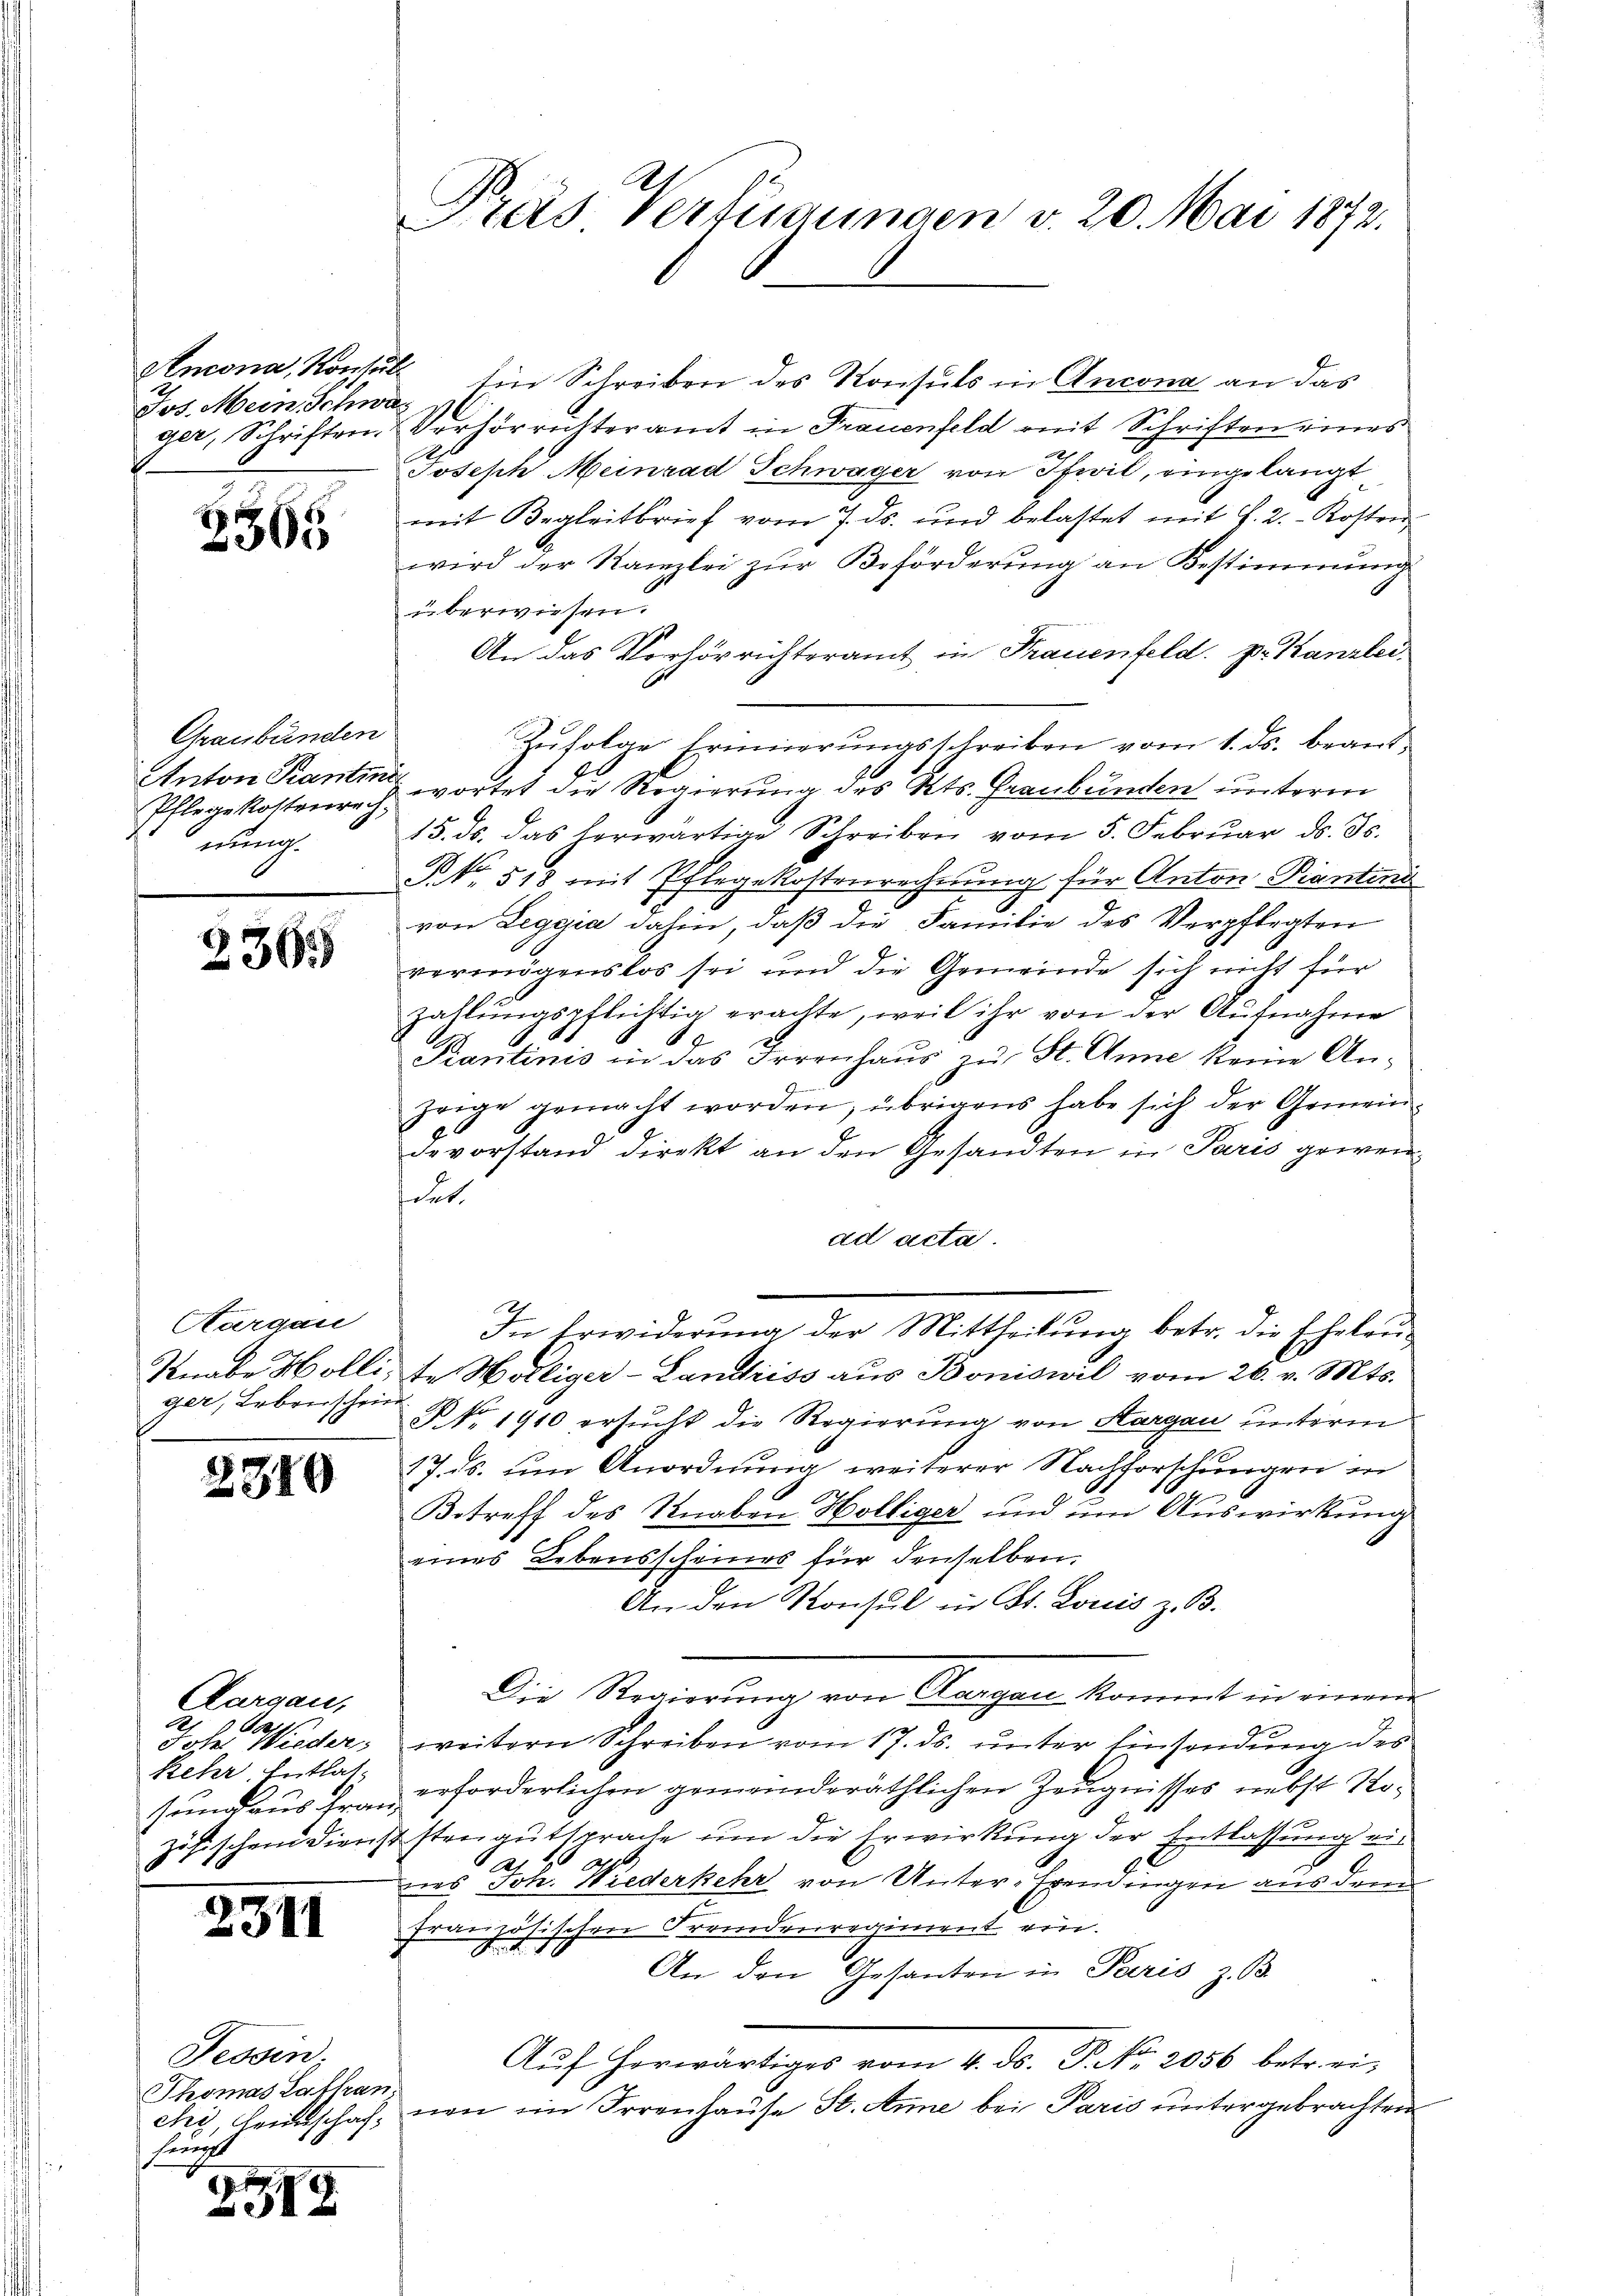
Jos. Mein Schwa¬

3365

Graubünden
Anton Kantine
nung.

236.

Kargau
ger, Leberschein

2319

Aargau,
2
John Wieder:
kehr Entlas

2311

Fessen;
Thomas Laffran
hung

2519

Pras Verfügungen v. 20. Mai 1872.

Ancona, Konsuls ein Schreiben des Konsuls in Ancona an das
ger, Schriften Verhörrichteramt in Frauenfeld mit Schriften eines
x
Joseph Meinrad Schwager von Ifwil, eingelangt
mit Begleitbrief vom 7. ds. und belastet mit f. 2. Kosten
wird der Kanzlei zur Beförderung an Bestimmung
überwiesen.
An das Verhörrichteramt in Frauenfeld. p. Kanzlei.
Zŭfolge Erinnerŭngsschreiben vom 1. ds. beant¬
Pflegekostenrechwortet die Regierŭng des Kts. Graubünden unterm
15. ds. das herwärtige Schreiben vom 5. Febrŭar d. Js.
NNo. 518 mit Pflegekostenrechnung für Anton Piantini
von Leggia dahin, daß die Familie des Verpflegten
vermögenslos sei und die Gemeinde sich nicht für
zahlungspflichtig erachte, weil ihr von der Aufnahme
Krantinis in das Irrenhaus zu St. Anne keine Anzeige gemacht worden, übrigens habe sich der Gemein-
devorstand direkt an den Gesandten in Paris gewensirt.
ad acta.
In Erwiderung der Mittheilung betr. die Eheleu¬
Knabe Hollise Welliger-Landriss aus Boniswil vom 26. v. Mts.
§ No. 1910 ersucht die Regierung von Aargau unterm
27. ds. um Anordnung weiterer Nachforschungen in
Betreff des Knaben Hölliger und um Auswirkung
eines Lebensscheines für denselben.
An den Konsul in St. Louis z. B.
Die Steuerung von Sachen kommt in einen
.
weitern Schreiben vom 17. ds. unter Einsendung des
sund aus Frau erforderlichen gemeinderäthlichen Zeugnisses nebst Nozösischen Dienststengutsprache um die Erwirkung der Entlassung eie
nes Joh. Wiederkehr von Unter-Erendingen aus der
französischen Fremdenregiment ein.
F.
An den Gesanten in Paris z. B.
Aŭf herwärtiges vom 4. ds. P. Nr. 2056 betr. eichy, Heimschaft neu im Irrenhause St. Anne bei Paris untergebrachten